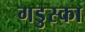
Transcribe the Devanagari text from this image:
गडुस्का